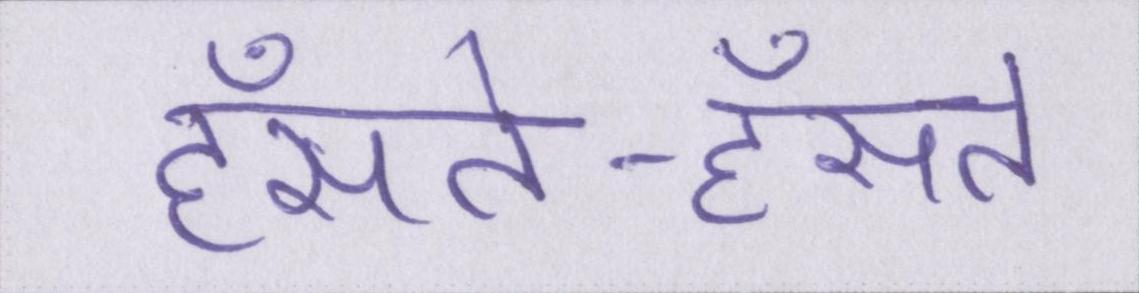
हँसते-हँसते